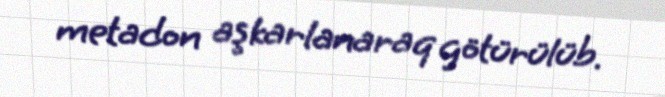
metadon aşkarlanaraq götürülüb.